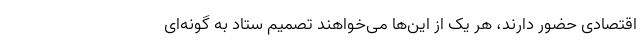
اقتصادی حضور دارند، هر یک از این‌ها می‌خواهند تصمیم ستاد به‌ گونه‌ای